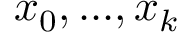
x _ { 0 } , . . . , x _ { k }